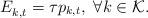
LaTeX: \begin{align*} E_{k,t}^{} = \tau p_{k,t},~\forall k\in{\cal K}. \end{align*}